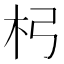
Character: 杛